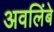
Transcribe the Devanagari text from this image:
अवलिंबे